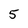
Character: 5